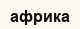
африка